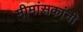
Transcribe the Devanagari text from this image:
मीमांसकांनी